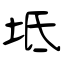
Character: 坻